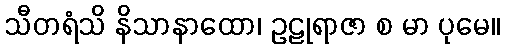
သီတရံသိ နိသာနာထော၊ ဥဠုရာဇာ စ မာ ပုမေ။